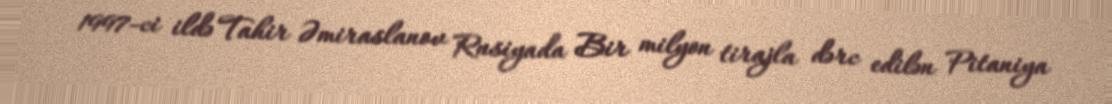
1997-ci ildə Tahir Əmiraslanov Rusiyada Bir milyon tirajla dərc edilən Pitaniya